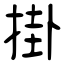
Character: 掛